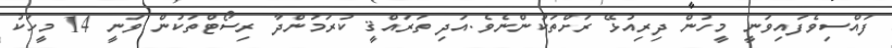
ފައްސިވެފައިވަނީ މީހުން ދިރިއުޅޭ ރަށްތަކުންނެވެ.އަދި ތަރައްޤީ ކުރަމުންދާ ރިސޯޓްތަކުން ވަނީ 14 މީހަކު